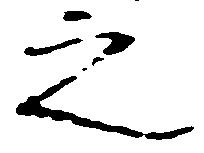
之